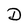
Character: D